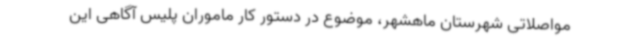
مواصلاتی شهرستان ماهشهر، موضوع در دستور کار ماموران پلیس آگاهی این